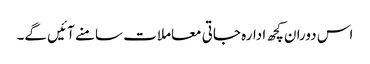
اس دوران کچھ ادارہ جاتی معاملات سامنے آئیں گے۔